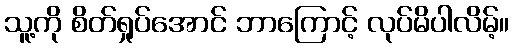
သူ့ကို စိတ်ရှုပ်အောင် ဘာကြောင့် လုပ်မိပါလိမ့်။